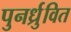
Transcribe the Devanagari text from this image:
पुनर्ध्रुवित